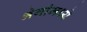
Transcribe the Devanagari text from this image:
भेगांमध्ये